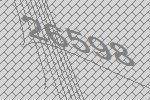
26598